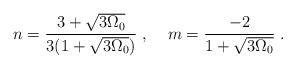
LaTeX: \begin{align*}n = \frac{3 + \sqrt{3 \Omega_0}}{3 (1 + \sqrt{3 \Omega_0})} \; , \; \; \; \; m = \frac{- 2}{1 + \sqrt{3 \Omega_0}} \; .\end{align*}